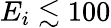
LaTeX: E_{i}\lesssim 100